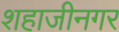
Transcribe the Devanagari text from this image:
शहाजीनगर